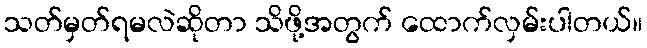
သတ်မှတ်ရမလဲဆိုတာ သိဖို့အတွက် ထောက်လှမ်းပါတယ်။